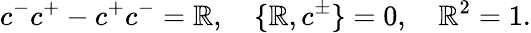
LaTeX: c^{-}c^{+}-c^{+}c^{-}=\mathbb{R},\quad\{ \mathbb{R},c^{\pm}\} =0,\quad\mathbb{R}^{2}=1.